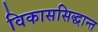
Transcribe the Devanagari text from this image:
विकाससिद्धान्त